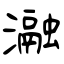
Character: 瀜